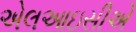
એલઆઇસીએ